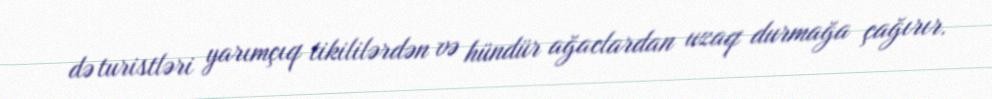
də turistləri yarımçıq tikililərdən və hündür ağaclardan uzaq durmağa çağırır.